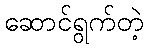
ဆောင်ရွက်တဲ့